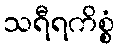
သရီရကိစ္စံ